Vaccination in Bombay 1856-1862 - 1856-1862
Year: 1856
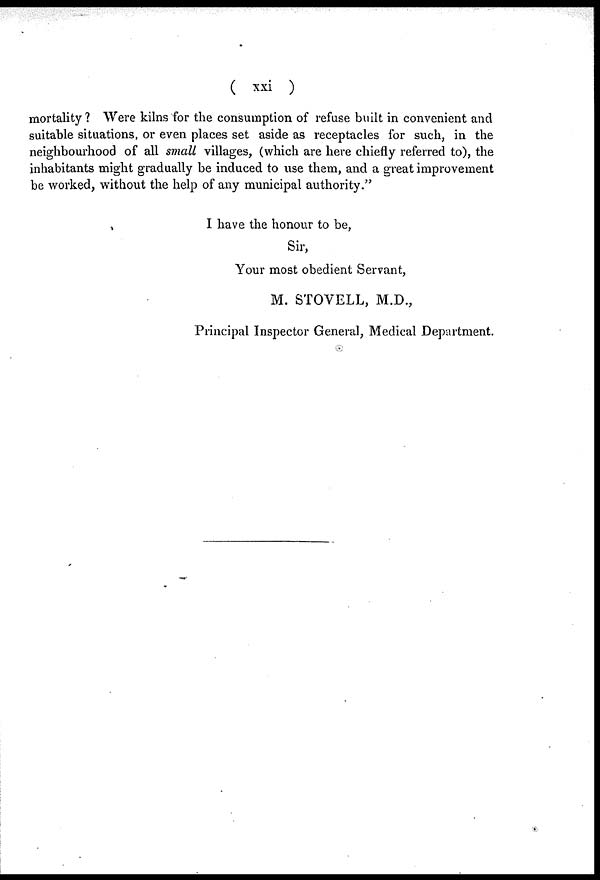
( xxi )
mortality? Were kilns for the consumption of refuse built in convenient and
suitable situations, or even places set aside as receptacles for such, in the
neighbourhood of all small villages, (which are here chiefly referred to), the
inhabitants might gradually be induced to use them, and a great improvement
be worked, without the help of any municipal authority."
I have the honour to be,
Sir,
Your most obedient Servant,
M. STOVELL, M.D.,
Principal Inspector General, Medical Department.